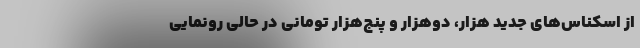
از اسکناس‌های جدید هزار، دوهزار و پنج‌هزار تومانی در حالی رونمایی